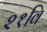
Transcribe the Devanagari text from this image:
२१वि